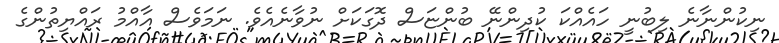
ނިކުންނާނެ ލިބުނީ ހައެއްކަ ކުދިންނޭ ބުންޏަސް ދޮގަކަށް ނުވާނެއެވެ. ނަމަވެސް އާއްމު ރައްޔިތުންގެ